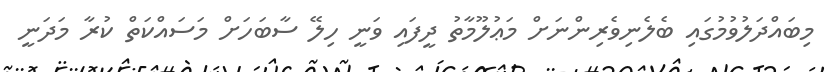
މިބައްދަލުވުމުގައި ބެލެނިވެރިންނަށް މަޢުލޫމާތު ދީފައި ވަނީ ހިލޭ ސާބަހަށް މަސައްކަތް ކުރާ މަދަނީ